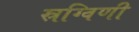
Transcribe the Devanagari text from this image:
स्रग्विणी